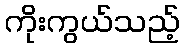
ကိုးကွယ်သည့်